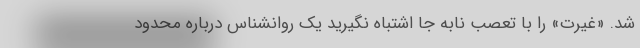
شد. «غیرت» را با تعصب نابه جا اشتباه نگیرید یک روانشناس درباره محدود